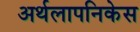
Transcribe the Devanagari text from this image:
अर्थलापनिकेस